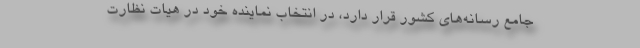
جامع رسانه‌های کشور قرار دارد، در انتخاب نماینده خود در هیات نظارت